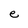
Character: e